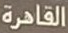
القاهرة